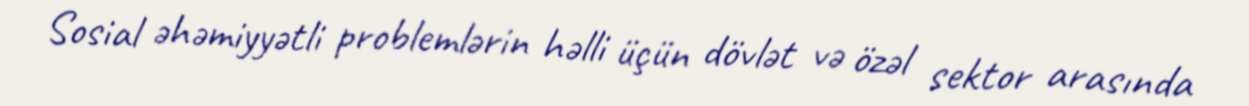
Sosial əhəmiyyətli problemlərin həlli üçün dövlət və özəl sektor arasında